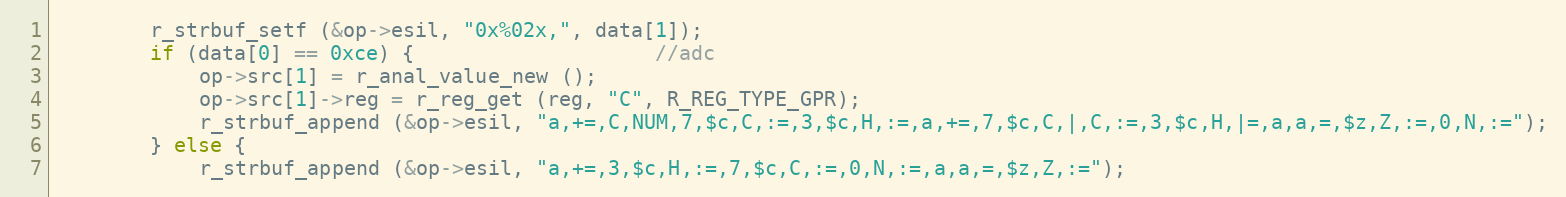
Language: C
		r_strbuf_setf (&op->esil, "0x%02x,", data[1]);
		if (data[0] == 0xce) {					//adc
			op->src[1] = r_anal_value_new ();
			op->src[1]->reg = r_reg_get (reg, "C", R_REG_TYPE_GPR);
			r_strbuf_append (&op->esil, "a,+=,C,NUM,7,$c,C,:=,3,$c,H,:=,a,+=,7,$c,C,|,C,:=,3,$c,H,|=,a,a,=,$z,Z,:=,0,N,:=");
		} else {
			r_strbuf_append (&op->esil, "a,+=,3,$c,H,:=,7,$c,C,:=,0,N,:=,a,a,=,$z,Z,:=");